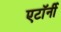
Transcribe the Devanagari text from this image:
एटाॅर्नी